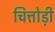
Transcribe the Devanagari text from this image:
चित्तोड़ी